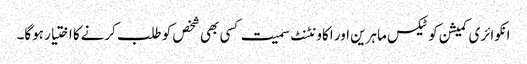
انکوائری کمیشن کو ٹیکس ماہرین اور اکاونٹنٹ سمیت کسی بھی شخص کو طلب کرنےکا اختیار ہوگا۔